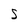
Character: S